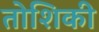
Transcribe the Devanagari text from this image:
तोशिकी